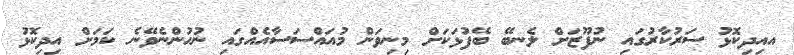
އއިދިކޮޅު ސަރުކާރުގައި ނުފޫޒަށް ލެނބޭ ބޭފުޅަކަށް މިނިވަން މުއައްސަސާއެއްގައި ނުހުންނެވޭނެ ކަމަށް އިދިކޮޅު